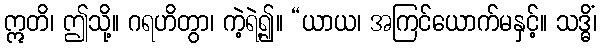
ဣတိ၊ ဤသို့။ ဂရဟိတွာ၊ ကဲ့ရဲ့၍။ “ယာယ၊ အကြင်ယောက်မနှင့်။ သဒ္ဓိံ၊